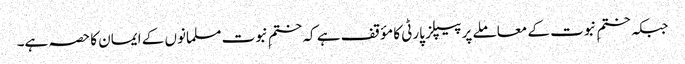
جبکہ ختمِ نبوت کے معاملے پر پیپلز پارٹی کا مؤقف ہے کہ ختمِ نبوت مسلمانوں کے ایمان کا حصہ ہے۔